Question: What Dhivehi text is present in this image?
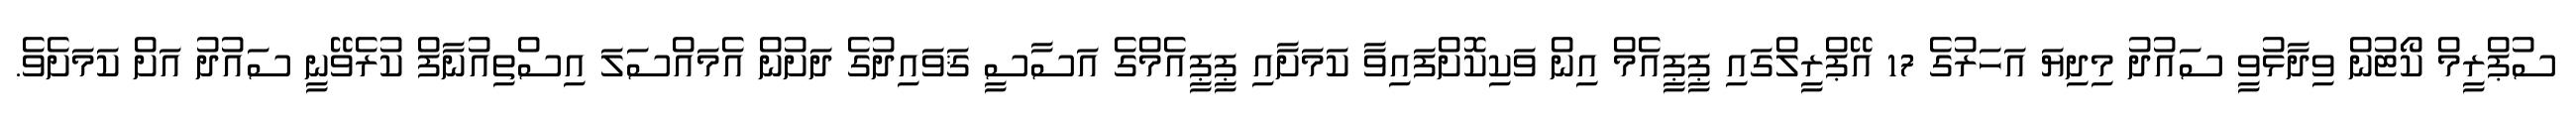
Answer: ސުޕްރީމް ކޯޓުން ވިދާޅުވީ ސައުދު މިދިޔަ އަހަރުގެ 17 އޭޕްރީލްގައި ޕީޕީއެމް އިން ވަކިކޮށްފައިވާ ކަމަށާއި ޕީޕީއެމްގެ އަސާސީ ޤަވައިދުގެ ދަށުން އެމައްސަލަ އިސްތިއުނާފް ކުރެވޭނީ ސައުދު އަށް ކަމަށެވެ.